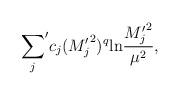
LaTeX: \begin{align*}{\sum_j}^\prime c_j({M_j^\prime}^2)^q{\rm ln} {{M_j^\prime}^2\over \mu^2},\end{align*}